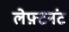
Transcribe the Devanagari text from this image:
लेफ़्टनंट